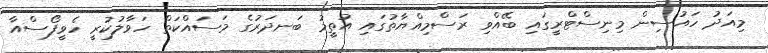
މިއަދު ހައުސިން މިނިސްޓްރީގައި ބޭއްވި ރަސްމިއްޔާތުގައި އުތީމު ބަނދަރުގެ މަސައްކަތް ހަވާލުކުރީ ހެވީފޯސްއާ